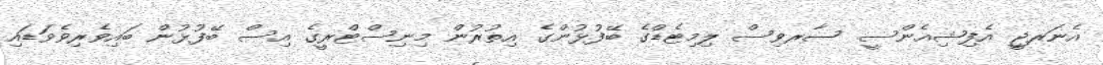
އެނަރޖީ އެފިޝިއެންސީ ސާރވިސް ލިމިޓެޑްގެ ބޭފުޅުންގެ އިތުރުން މިނިސްޓްރީގެ އިސް ބޭފުޅުން ބައިވެރިވެވަޑައި